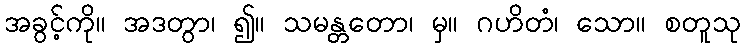
အခွင့်ကို။ အဒတွာ၊ ၍။ သမန္တတော၊ မှ။ ဂဟိတံ၊ သော။ စတူသု